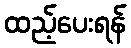
ထည့်ပေးရန်